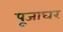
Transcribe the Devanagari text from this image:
पूजाघर